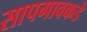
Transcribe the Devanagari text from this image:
सापगावकडे